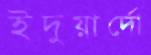
ইদুয়ার্দো